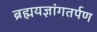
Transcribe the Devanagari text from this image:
ब्रह्मयज्ञांगतर्पण